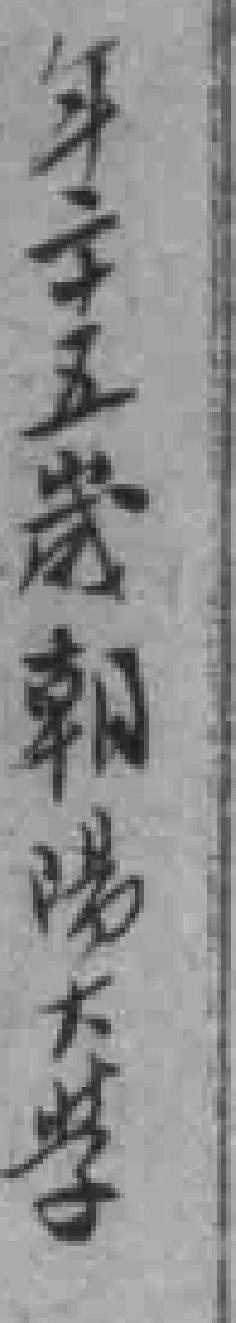
年二十五歲朝陽大學